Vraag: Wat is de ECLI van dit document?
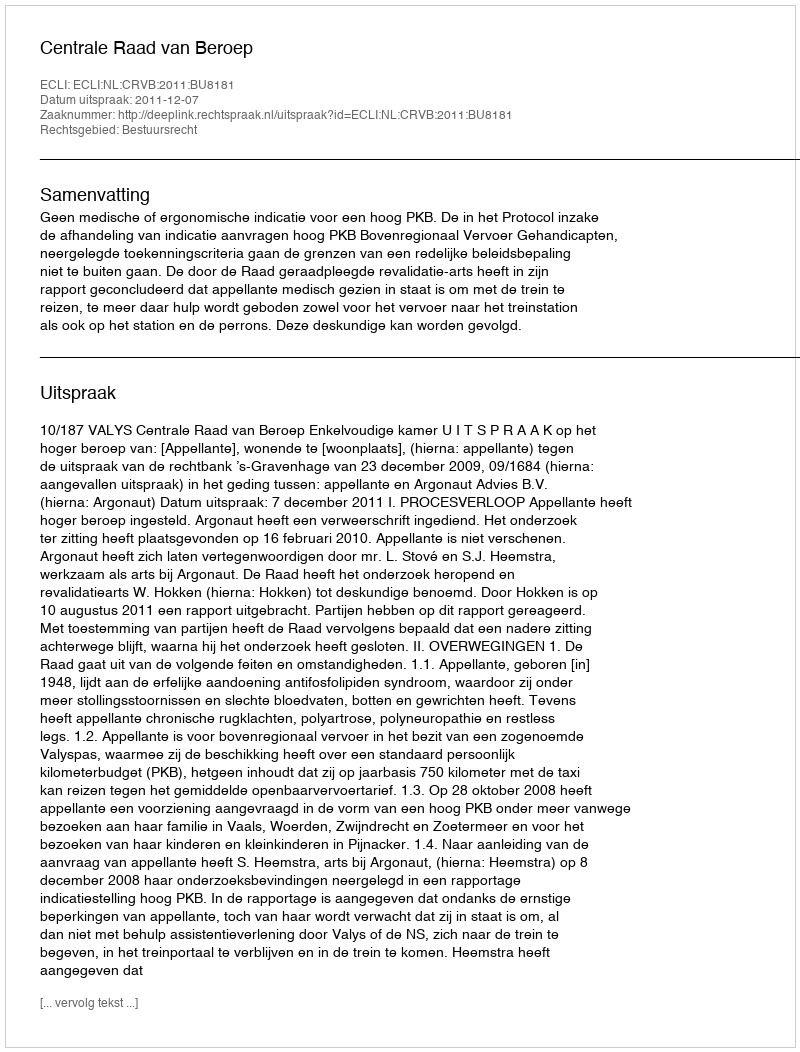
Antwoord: ECLI:NL:CRVB:2011:BU8181